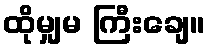
ထိုမျှမ ကြီးချေ။